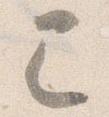
已